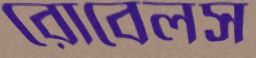
রোবেলস